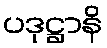
ပဒုဋ္ဌာနိ